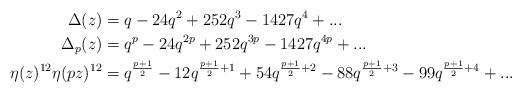
LaTeX: \begin{align*}\Delta(z)&=q-24q^2+252q^3-1427q^4+...\\\Delta_p(z)&=q^p-24q^{2p}+252q^{3p}-1427q^{4p}+...\\\eta(z)^{12}\eta(pz)^{12}&=q^{\frac{p+1}{2}}-12q^{\frac{p+1}{2}+1}+54q^{\frac{p+1}{2}+2}-88q^{\frac{p+1}{2}+3}-99q^{\frac{p+1}{2}+4}+...\end{align*}